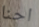
احنا